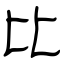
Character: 比